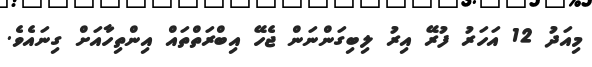
މިއަދު 12 އަހަރު ފުރޭ އިރު ލިބިގަންނަން ޖެހޭ އިބްރަތްތައް އިންތިހާއަށް ގިނައެވެ.